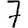
Digit: 7